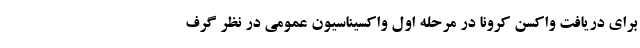
برای دریافت واکسن کرونا در مرحله اول واکسیناسیون عمومی در نظر گرف